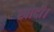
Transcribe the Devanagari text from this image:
खोदी।